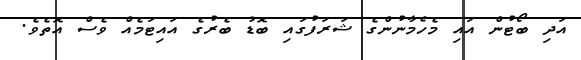
އަދި ބޯޓުން އައި މެހެމާނުންގެ ޝަރަފުގައި ބޮޑު ބެރުގެ އައިޓަމެއް ވެސް އޮތެވެ.